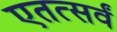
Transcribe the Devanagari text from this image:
एतत्सर्वं